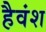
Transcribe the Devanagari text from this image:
हैवंश